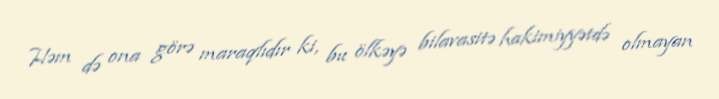
Həm də ona görə maraqlıdır ki, bu ölkəyə bilavasitə hakimiyyətdə olmayan